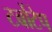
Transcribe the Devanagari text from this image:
टर्बोटेप